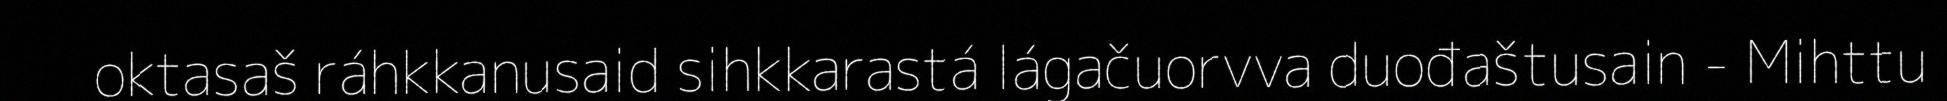
oktasaš ráhkkanusaid sihkkarastá lágačuorvva duođaštusain - Mihttu